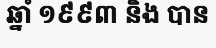
ឆ្នាំ ១៩៩៣ និង បាន